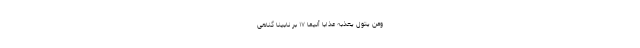
وَمَنْ يَتَوَلَّ يُعَذِّبْهُ عَذَابًا أَلِيمًا ۱۷ بر نابينا گناهى